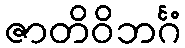
ဇာတိဝိဘင်္ဂံ